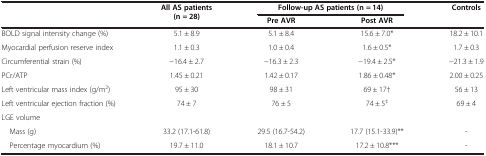
<table><thead><tr><td rowspan="2"><b> </b></td><td rowspan="2"><b>All AS patients (n = 28)</b></td><td colspan="2"><b>Follow-up AS patients (n = 14)</b></td><td rowspan="2"><b>Controls</b></td></tr><tr><td><b>Pre AVR</b></td><td><b>Post AVR</b></td></tr></thead><tbody><tr><td>BOLD signal intensity change (%)</td><td>5.1 ± 8.9</td><td>5.1 ± 8.4</td><td>15.6 ± 7.0*</td><td>18.2 ± 10.1</td></tr><tr><td>Myocardial perfusion reserve index</td><td>1.1 ± 0.3</td><td>1.0 ± 0.4</td><td>1.6 ± 0.5*</td><td>1.7 ± 0.3</td></tr><tr><td>Circumferential strain (%)</td><td>−16.4 ± 2.7</td><td>−16.3 ± 2.3</td><td>−19.4 ± 2.5*</td><td>−21.3 ± 1.9</td></tr><tr><td>PCr/ATP</td><td>1.45 ± 0.21</td><td>1.42 ± 0.17</td><td>1.86 ± 0.48*</td><td>2.00 ± 0.25</td></tr><tr><td>Left ventricular mass index (g/m<sup>2</sup>)</td><td>95 ± 30</td><td>98 ± 31</td><td>69 ± 17†</td><td>56 ± 13</td></tr><tr><td>Left ventricular ejection fraction (%)</td><td>74 ± 7</td><td>76 ± 5</td><td>74 ± 5<sup>‡</sup></td><td>69 ± 4</td></tr><tr><td>LGE volume</td><td> </td><td> </td><td> </td><td> </td></tr><tr><td> Mass (g)</td><td>33.2 (17.1-61.8)</td><td>29.5 (16.7-54.2)</td><td>17.7 (15.1-33.9)**</td><td>-</td></tr><tr><td> Percentage myocardium (%)</td><td>19.7 ± 11.0</td><td>18.1 ± 10.7</td><td>17.2 ± 10.8***</td><td>-</td></tr></tbody></table>